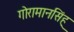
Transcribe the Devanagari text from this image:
गोरामानसिंह्